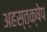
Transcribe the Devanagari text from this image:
अहस्त्क्षेप